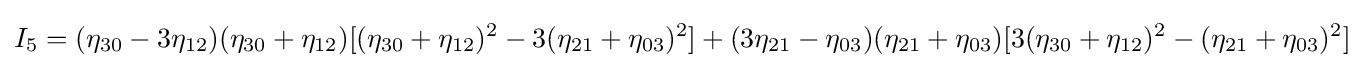
I_{5}=(\eta _{30}-3\eta _{12})(\eta _{30}+\eta _{12})[(\eta _{30}+\eta _{12})^{2}-3(\eta _{21}+\eta _{03})^{2}]+(3\eta _{21}-\eta _{03})(\eta _{21}+\eta _{03})[3(\eta _{30}+\eta _{12})^{2}-(\eta _{21}+\eta _{03})^{2}]